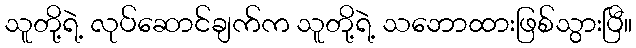
သူတို့ရဲ့ လုပ်ဆောင်ချက်က သူတို့ရဲ့ သဘောထားဖြစ်သွားပြီ။